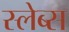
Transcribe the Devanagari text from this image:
स्लेब्स